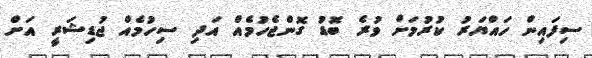
ސިފައިން ހައްޔަރު ކުރުމަށް ވުރެ ބޮޑު ގޮންޖެހުމެއް އަދި ސިހުމެއް ޖުޑިޝަރީ އަށް